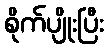
စိုက်ပျိုးပြီး